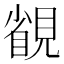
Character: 䚇